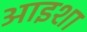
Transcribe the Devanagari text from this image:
आइशा